65_HS1-834228961_62-HQ-83894_Section_8
Agency: FBI
Page 199
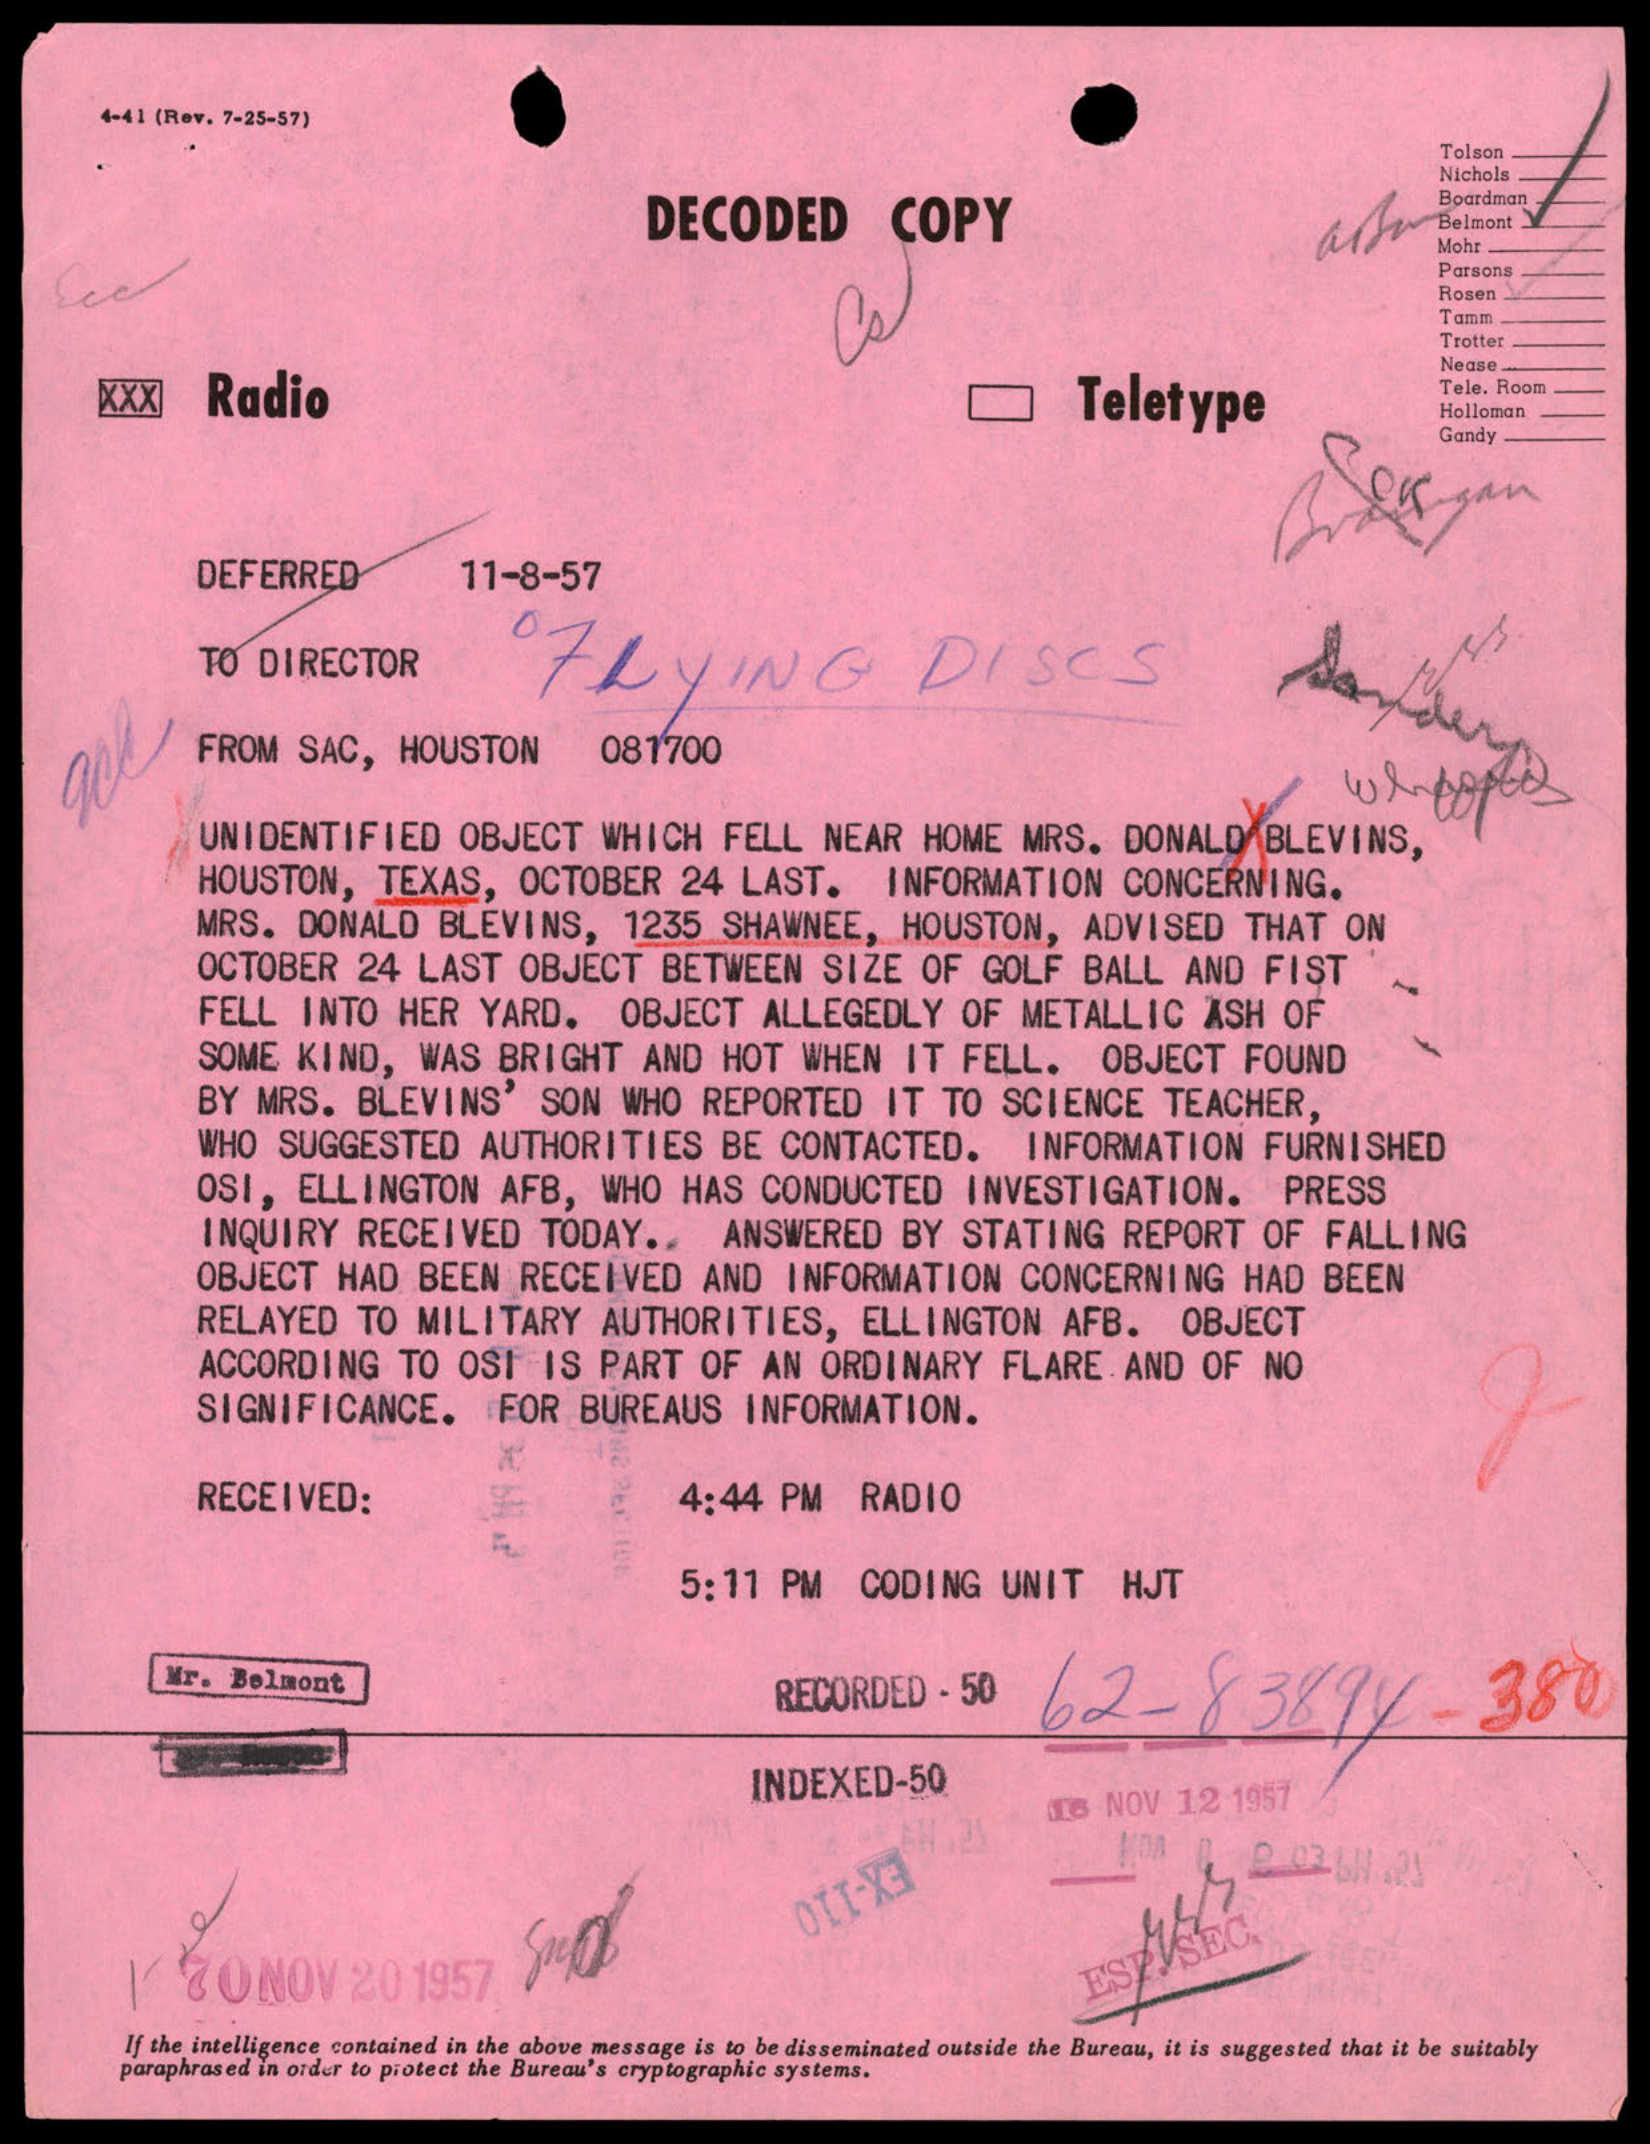